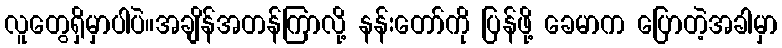
လူတွေရှိမှာပါပဲ။အချိန်အတန်ကြာလို့ နန်းတော်ကို ပြန်ဖို့ ခေမာက ပြောတဲ့အခါမှာ